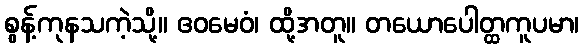
စွန့်ကုနသကဲ့သို့။ ဧဝမေဝံ၊ ထို့အတူ။ တယောပေါတ္ထကူပမာ၊